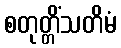
စတုတ္တိံသတိမံ